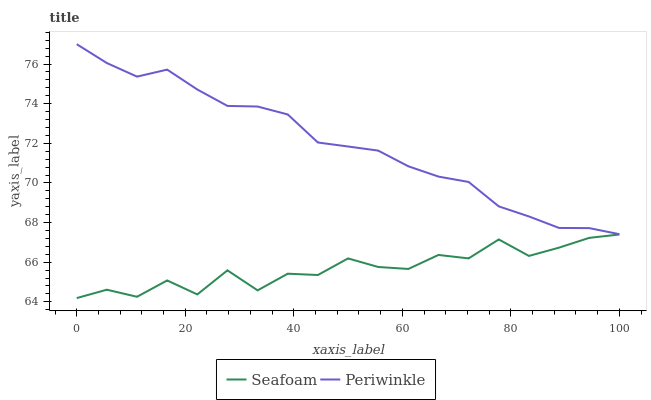
| xaxis_label | Seafoam | Periwinkle |
 | --- | --- | --- |
 | 0 | 64.2 | 77 |
 | 5.56 | 64.6 | 76 |
 | 11.1 | 64.3 | 75.4 |
 | 16.7 | 65.1 | 75.7 |
 | 22.2 | 64.4 | 74.7 |
 | 27.8 | 65.6 | 73.9 |
 | 33.3 | 64.6 | 73.9 |
 | 38.9 | 65.4 | 73.5 |
 | 44.4 | 65.4 | 72 |
 | 50 | 66.2 | 71.8 |
 | 55.6 | 65.8 | 71.6 |
 | 61.1 | 65.7 | 70.8 |
 | 66.7 | 66.4 | 70.3 |
 | 72.2 | 66.2 | 70 |
 | 77.8 | 67.1 | 68.8 |
 | 83.3 | 66.3 | 68.3 |
 | 88.9 | 66.7 | 67.7 |
 | 94.4 | 67.2 | 67.7 |
 | 100 | 67.4 | 67.4 |